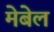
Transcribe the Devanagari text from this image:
मेबेल